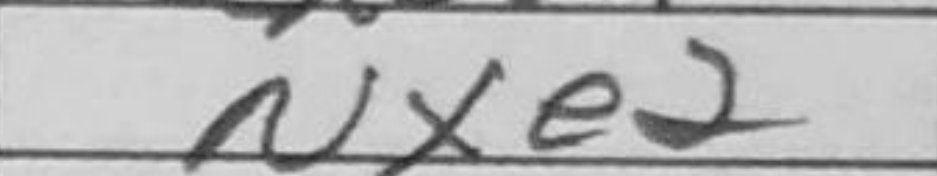
Transcription: Nxe2